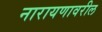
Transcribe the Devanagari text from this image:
नारायणावरील